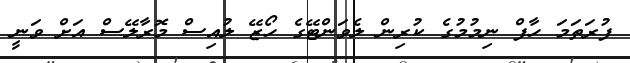
ފުރަތަމަ ހާފް ނިމުމުގެ ކުރިން ލެވަންޓޭގެ ހޯޒޭ ލުއިސް މޮރާލޭސް އަށް ވަނީ